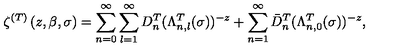
\zeta ^ { ( T ) } \left( z , \beta , \sigma \right) = \sum _ { n = 0 } ^ { \infty } \sum _ { l = 1 } ^ { \infty } D _ { n } ^ { T } ( \Lambda _ { n , l } ^ { T } ( \sigma ) ) ^ { - z } + \sum _ { n = 1 } ^ { \infty } \bar { D } _ { n } ^ { T } ( \Lambda _ { n , 0 } ^ { T } ( \sigma ) ) ^ { - z } ,